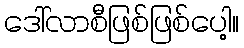
ဒေါ်လာစီဖြစ်ဖြစ်ပေါ့။